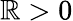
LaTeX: \mathbb{R}>0